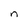
Character: n